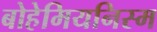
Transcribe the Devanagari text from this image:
बोहेमियनिस्म